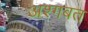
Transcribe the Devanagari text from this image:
अश्गबत